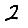
Digit: 2